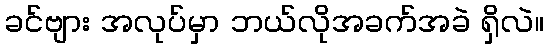
ခင်ဗျား အလုပ်မှာ ဘယ်လိုအခက်အခဲ ရှိလဲ။